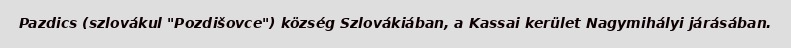
Pazdics (szlovákul "Pozdišovce") község Szlovákiában, a Kassai kerület Nagymihályi járásában.